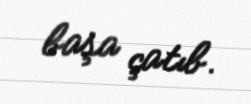
başa çatıb.